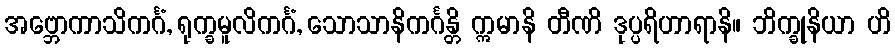
အဗ္ဘောကာသိကင်္ဂံ, ရုက္ခမူလိကင်္ဂံ, သောသာနိကင်္ဂန္တိ ဣမာနိ တီဏိ ဒုပ္ပရိဟာရာနိ။ ဘိက္ခုနိယာ ဟိ